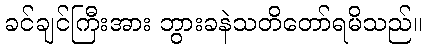
ခင်ချင်ကြီးအား ဘွားခနဲသတိတော်ရမိသည်။